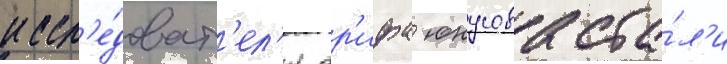
иссл'е́доват'ел'я ар'ифа юнусова ста́л'и